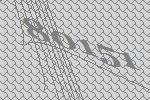
80151